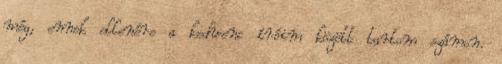
még, ennek ellenére a kedvenc íróim között tartom számon.